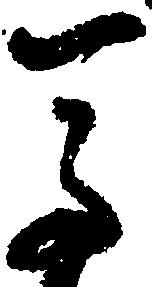
馬